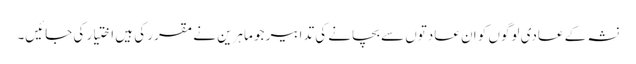
نشہ کے عادی لوگوں کو ان عادتوں سے بچانے کی تدابیر جو ماہرین نے مقرر کی ہیں اختیار کی جائیں۔